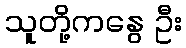
သူတို့ကနွေ ဦး